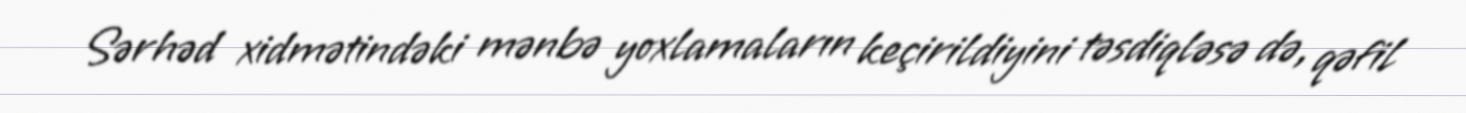
Sərhəd xidmətindəki mənbə yoxlamaların keçirildiyini təsdiqləsə də, qəfil